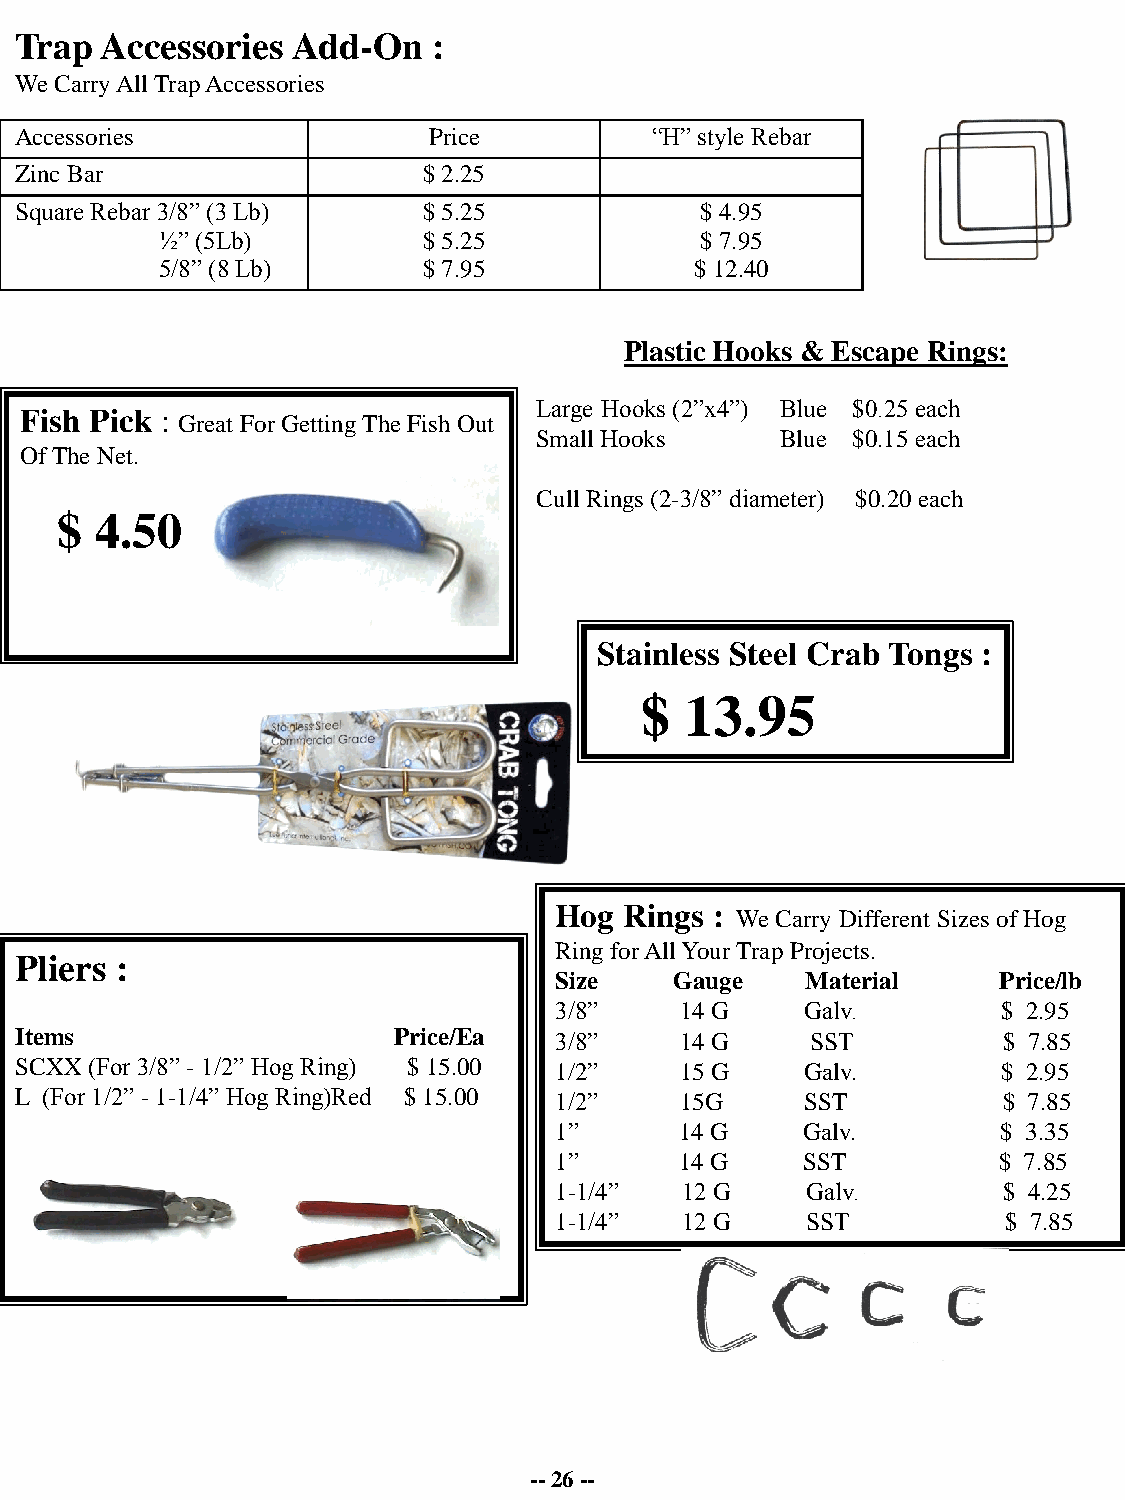
Trap  Accessories Add-On    :
 We Carry All Trap Accessories
 Accessories                Price          “H” style Rebar
 Zinc Bar                   $ 2.25
 Square Rebar 3/8” (3 Lb)   $ 5.25            $ 4.95
 ½” (5Lb)         $ 5.25            $ 7.95
 5/8” (8 Lb)      $ 7.95            $ 12.40
 Plastic Hooks & Escape Rings:
 Large Hooks (2”x4”) Blue $0.25 each
 Fish Pick :
 Great For Getting The Fish Out
 Small Hooks     Blue $0.15 each
 Of The Net.
 Cull Rings (2-3/8” diameter) $0.20 each
 $ 4.50
 Stainless Steel Crab Tongs :
 $  13.95
 Hog Rings :
 We Carry Different Sizes of Hog
 Ring for All Your Trap Projects.
 Pliers :
 Size    Gauge   Material     Price/lb
 3/8”    14 G    Galv.        $ 2.95
 Items                    Price/Ea   3/8”    14 G     SST         $ 7.85
 SCXX (For 3/8” - 1/2” Hog Ring) $ 15.00 1/2” 15 G   Galv.        $ 2.95
 L (For 1/2” - 1-1/4” Hog Ring)Red $ 15.00 1/2” 15G  SST          $ 7.85
 1”      14 G    Galv.        $ 3.35
 1”      14 G    SST          $ 7.85
 1-1/4”  12 G    Galv.        $ 4.25
 1-1/4”  12 G    SST           $ 7.85
 -- 26 --